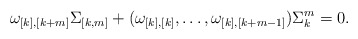
\begin{align*}\omega_{[k],[k+m]}\Sigma_{[k,m]}+(\omega_{[k],[k]},\dots,\omega_{[k],[k+m-1]})\Sigma_k^m=0.\end{align*}